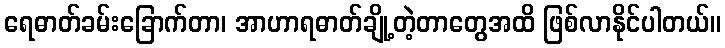
ရေဓာတ်ခမ်းခြောက်တာ၊ အာဟာရဓာတ်ချို့တဲ့တာတွေအထိ ဖြစ်လာနိုင်ပါတယ်။